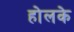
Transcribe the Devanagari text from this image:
होलके